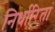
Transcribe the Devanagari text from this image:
निर्धारितां